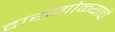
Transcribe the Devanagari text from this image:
दारुगोळ्याचे